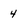
Character: 4